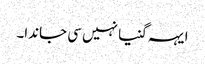
ایہہ گنیا نہیں سی جاندا۔